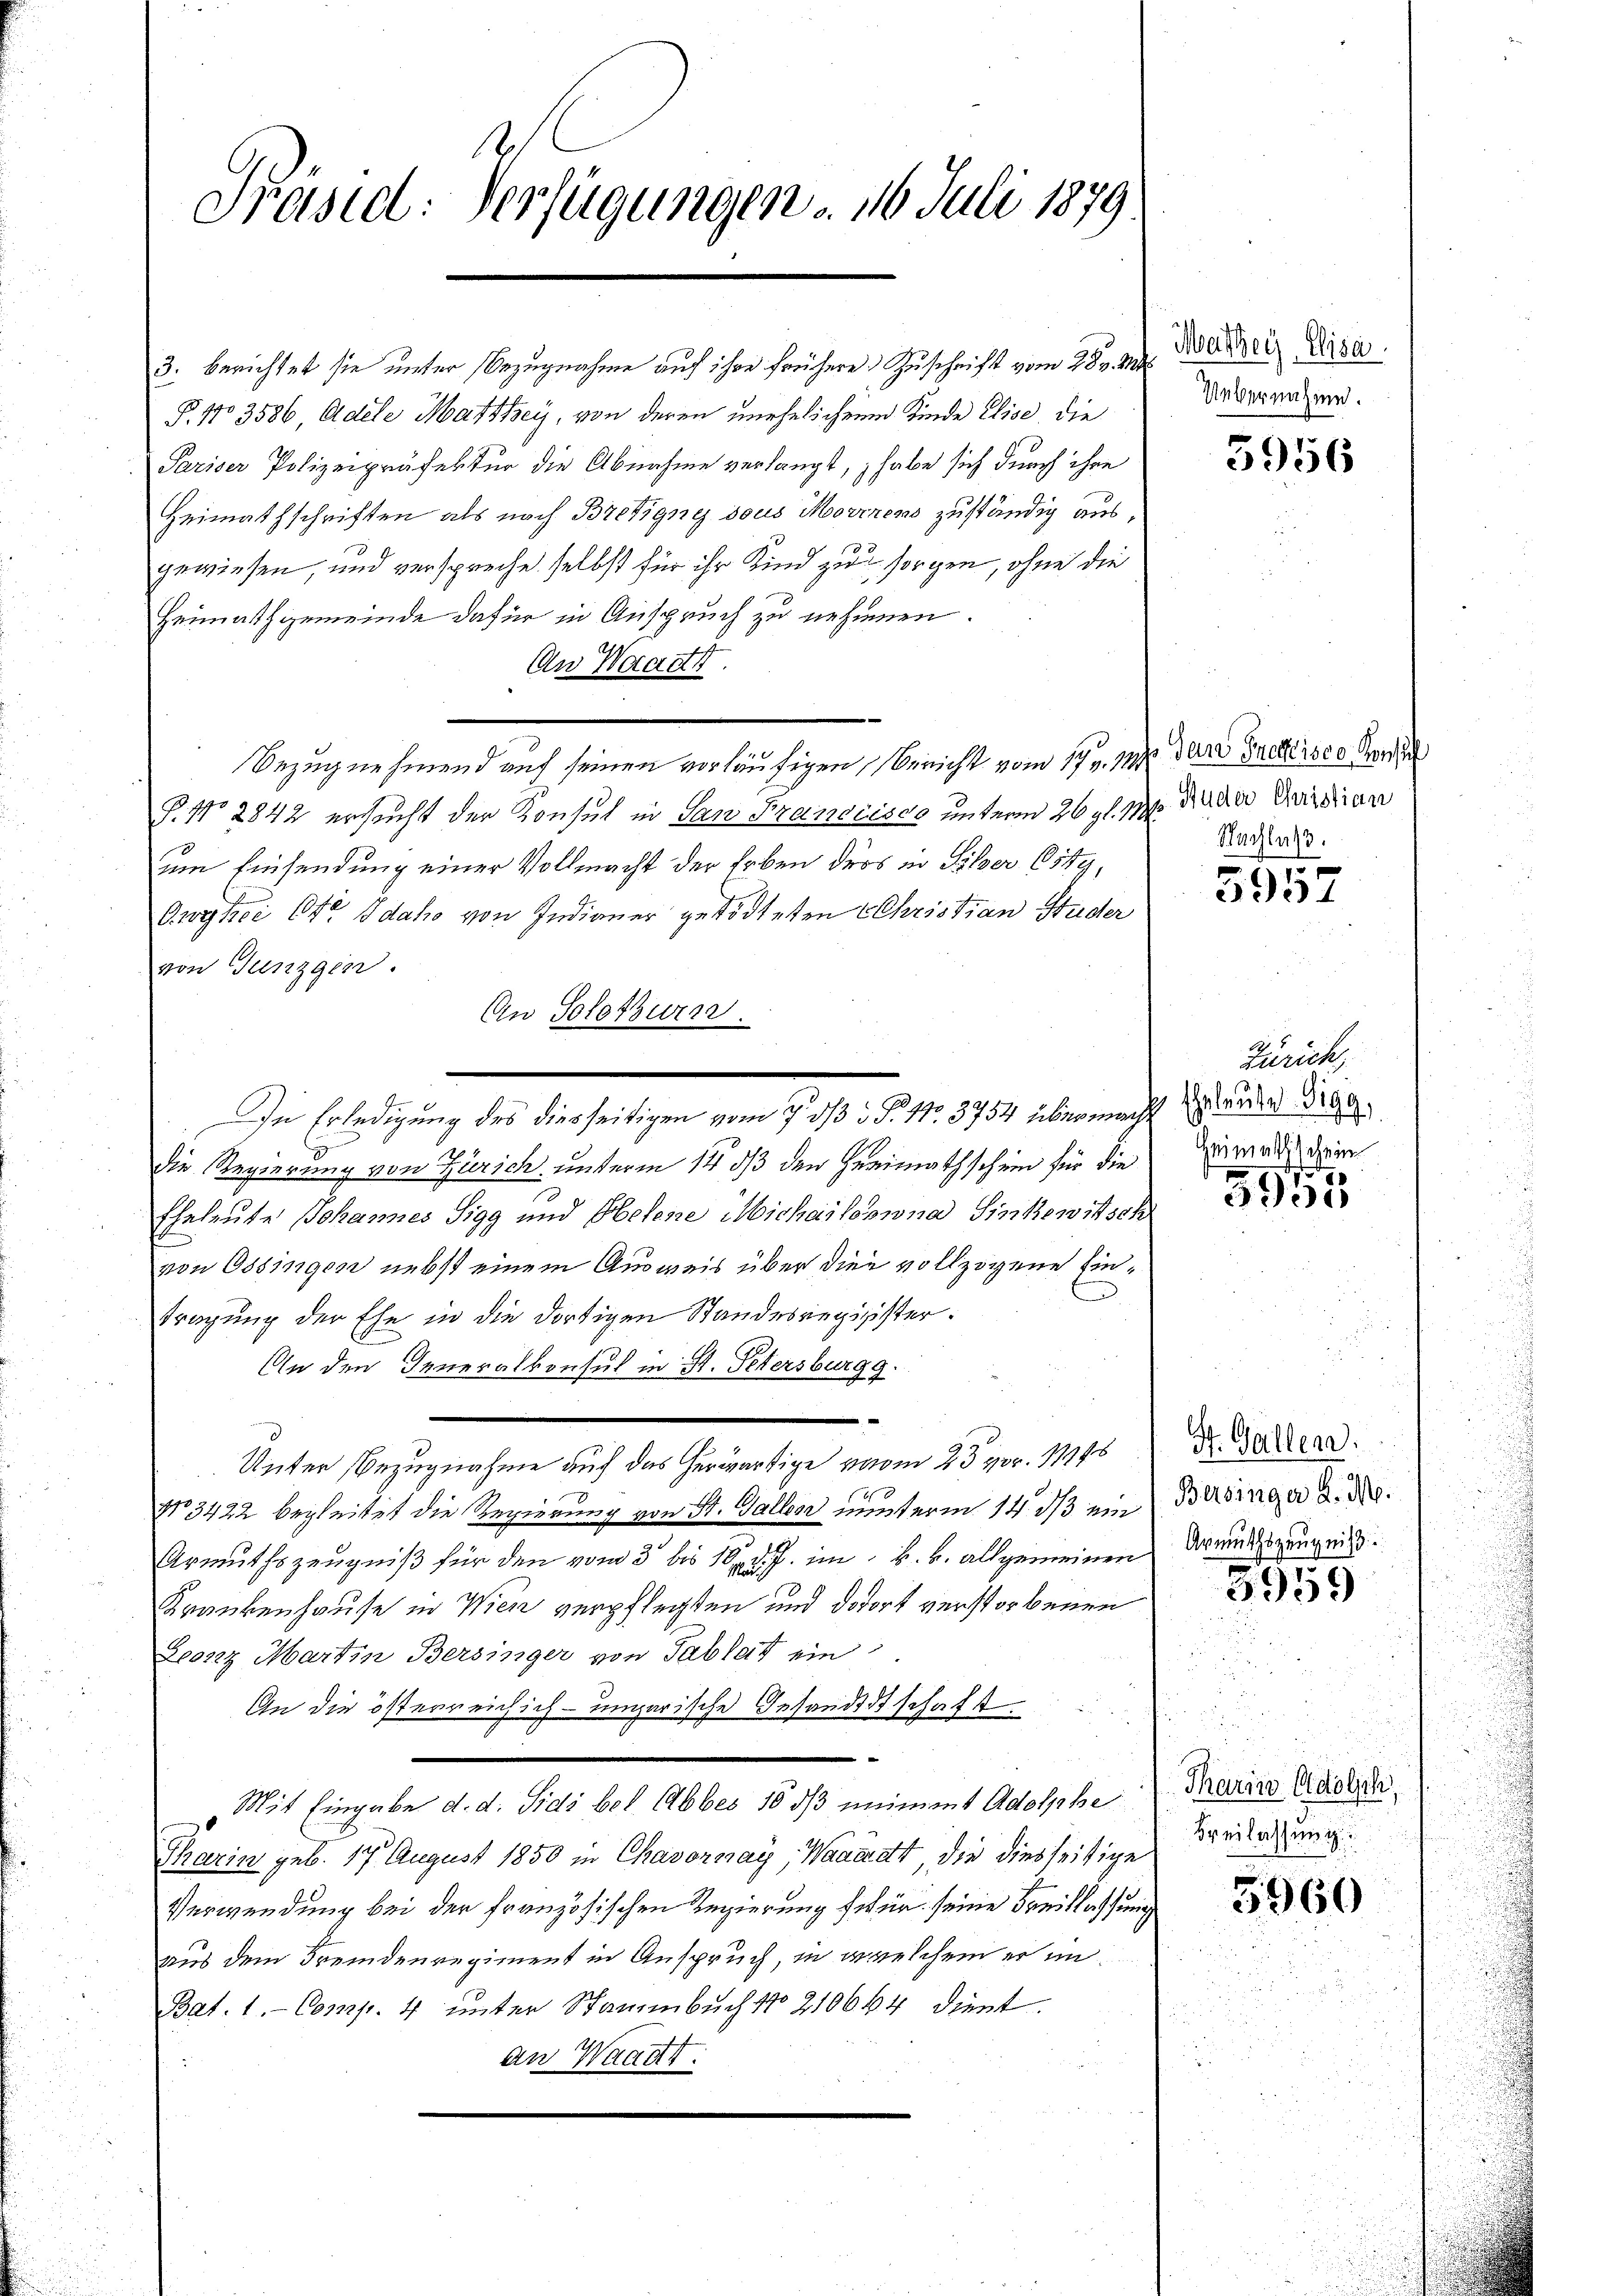
.
Präsid: Verfügungen 16. Juli 1879

3. berichtet sie unter Bezugnahme auf ihre frühere Zuschrift vom 28. v. Mts.
P. No 3586, Adele Marthey, von deren unehelichen Kinde Elise, die
Pariser Polizeipräfektur die Abnahme verlangt, habe sich durch ihre
Heimathschriften als nach Bretigny dous Morenen zuständig ausgewiesen, und verspreche selbst für ihr Kind zu sorgen, ohne die
Heimathgemeinde dafür in Anspruch zu nehmen.
An Waadt.
Bezug nehmend auf seinen vorläufigen, Bericht vom 17. v. M. der Gnedisco Herr
P. No 2842 ersucht der Konsul in San Francisco unterm 26 t l. 17 die der Quidrian
um Einsendung einer Vollmacht der Erben ders in Silber Ostg,
Owykei Ott Idaho von Indianer getödteten Christian Studer
von Junzgen.
An Solothurn.
die Regierung von Zürich, unterm 14. ds den Heimathschein für die
Eheleute Johannes Sigg und Obelene Michailomina Sinnewitsch
von Ossingen nebst einem Ausweis über die vollzogene Eintragung der Ehe in die dortigen Standesregigister.
An den Generalkonsul in St. Petersburgg.
Unter Bezugnahme auf das herwärtige vom 23. pr. 1948
No 3422 begleitet die Regierung von St. Gallen unterm 14. ds ein Bedinger d. d.
Armuthszeugniß für den vom 3 bis 18. d. J. im k. k. allgemeinen Dreitszeugnis.
Krankenhause in Wien verpflechten und dofort verstorbenen
Leonz Martin Bersinger von Tablat ein
In die österreichich-ungarische Gesandtschaft.
Mit Eingabe d. d. Sidi bot. Abbes 16 ds unimmt Adolphe
Tharin geb. 17. August 1850 in Chasornay, Waadt die diesseitige
Verwendung bei der französischen Regierung für seine Freislassung
aus dem Fremdenregiment in Anspruch, in welchem er im
Bat. 1.- Comp. 4 unter Stammbuch No 210664 dient.
an Waadt.

In Erledigung des diesseitigen vom 7. dß P. Nr. 3754 übermacht zuruker Fran¬

Masser Elisa
Uebernahme.

5956

Nachlaß.

5
3931

Zürich,
Heimatischein

5955

St. Gallen.

u
Tharin Adolsch
Freilassung
5960

3959